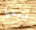
يتبعها